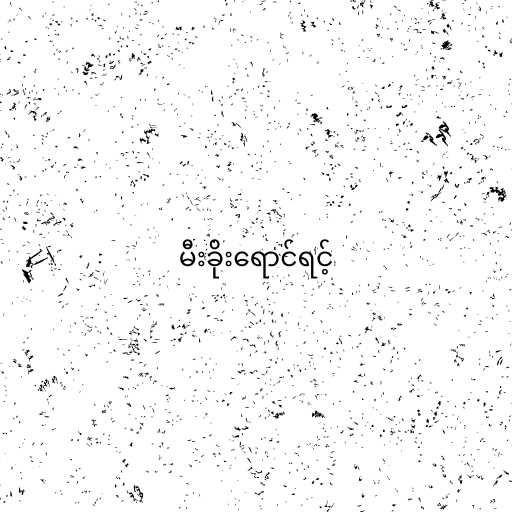
မီးခိုးရောင်ရင့်